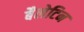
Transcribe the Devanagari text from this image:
बैलेटिन